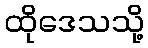
ထိုဒေသသို့